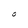
Character: O